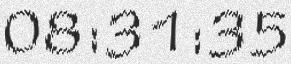
08:31:35